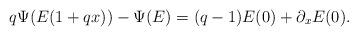
LaTeX: \begin{align*} q \Psi(E(1+q x)) - \Psi(E) = (q-1) E(0) + \partial_x E(0). \end{align*}